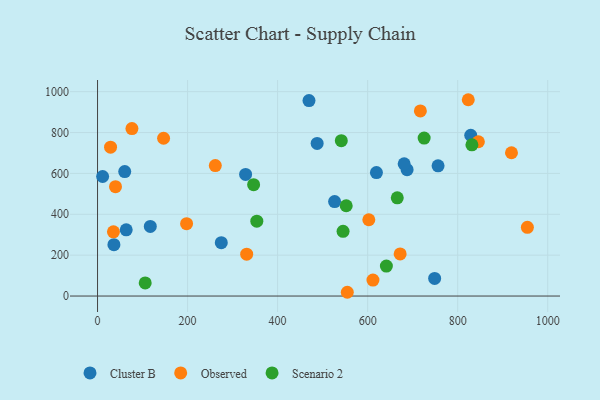
{"axis": {"x": "Ad Spend", "y": "Fuel Efficiency"}, "legend": ["Cluster B", "Observed", "Scenario 2"], "data": [{"x": "60.4", "y": 608.8, "type": "Cluster B"}, {"x": "756.4", "y": 637.0, "type": "Cluster B"}, {"x": "619.5", "y": 604.3, "type": "Cluster B"}, {"x": "687.6", "y": 618.3, "type": "Cluster B"}, {"x": "117.2", "y": 340.5, "type": "Cluster B"}, {"x": "36.4", "y": 251.4, "type": "Cluster B"}, {"x": "748.8", "y": 86.3, "type": "Cluster B"}, {"x": "11.3", "y": 584.9, "type": "Cluster B"}, {"x": "526.6", "y": 462.3, "type": "Cluster B"}, {"x": "328.9", "y": 594.9, "type": "Cluster B"}, {"x": "469.7", "y": 956.2, "type": "Cluster B"}, {"x": "63.7", "y": 323.8, "type": "Cluster B"}, {"x": "274.9", "y": 261.0, "type": "Cluster B"}, {"x": "681.1", "y": 646.8, "type": "Cluster B"}, {"x": "487.8", "y": 746.6, "type": "Cluster B"}, {"x": "829.0", "y": 786.7, "type": "Cluster B"}, {"x": "39.9", "y": 535.2, "type": "Observed"}, {"x": "672.2", "y": 205.9, "type": "Observed"}, {"x": "261.6", "y": 638.4, "type": "Observed"}, {"x": "602.6", "y": 373.3, "type": "Observed"}, {"x": "197.8", "y": 354.2, "type": "Observed"}, {"x": "611.8", "y": 78.0, "type": "Observed"}, {"x": "554.8", "y": 18.4, "type": "Observed"}, {"x": "846.0", "y": 755.0, "type": "Observed"}, {"x": "331.3", "y": 205.0, "type": "Observed"}, {"x": "146.7", "y": 772.2, "type": "Observed"}, {"x": "919.5", "y": 701.1, "type": "Observed"}, {"x": "28.9", "y": 728.4, "type": "Observed"}, {"x": "823.5", "y": 960.6, "type": "Observed"}, {"x": "717.1", "y": 905.8, "type": "Observed"}, {"x": "35.3", "y": 314.1, "type": "Observed"}, {"x": "76.4", "y": 819.5, "type": "Observed"}, {"x": "954.8", "y": 336.3, "type": "Observed"}, {"x": "641.6", "y": 146.8, "type": "Scenario 2"}, {"x": "541.5", "y": 760.0, "type": "Scenario 2"}, {"x": "353.8", "y": 366.5, "type": "Scenario 2"}, {"x": "552.4", "y": 441.7, "type": "Scenario 2"}, {"x": "105.9", "y": 64.2, "type": "Scenario 2"}, {"x": "665.8", "y": 480.5, "type": "Scenario 2"}, {"x": "346.7", "y": 545.1, "type": "Scenario 2"}, {"x": "725.5", "y": 772.8, "type": "Scenario 2"}, {"x": "831.6", "y": 739.8, "type": "Scenario 2"}, {"x": "545.4", "y": 316.8, "type": "Scenario 2"}]}